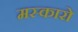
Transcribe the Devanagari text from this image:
मस्कारो